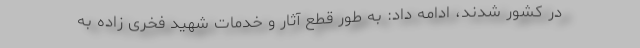
در کشور شدند، ادامه داد: به طور قطع آثار و خدمات شهید فخری زاده به